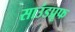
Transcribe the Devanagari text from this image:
साउंडप्रूफ